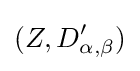
(Z,D'_{\alpha ,\beta })